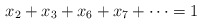
\begin{align*}x_2+x_3+x_6+x_7+\cdots =1\end{align*}